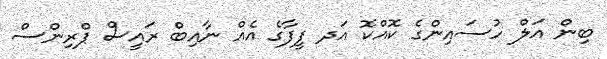
ބިން އަލް ހުސައިންގެ ކޮއްކޮ އަދ ފީފާގެ އެއް ނާއިބް ރައީސް ޕްރިންސް